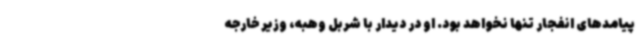
پیامدهای انفجار تنها نخواهد بود. او در دیدار با شربل وهبه، وزیر خارجه